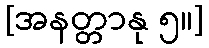
[အနတ္တာနု ၅။]